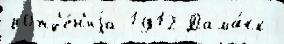
рожд'е́н'иjа 1912 Дама́ск